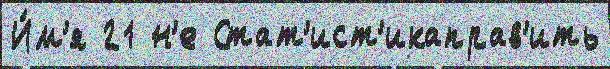
И́м'я 21 н'е Стат'ист'икаправ'ить